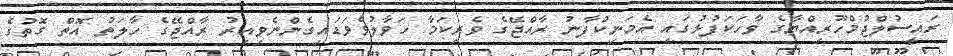
ރައީސުލްޖުމްހޫރިއްޔާގެ ވާހަކަފުޅުގައި އެމަނިކުފާނު ރާއްޖޭގެ ވެރިކަމާ ހަވާލުވެވަޑައިގެންނެވިއިރު ރާއްޖޭގެ ހާލަތު އޮތް ގޮތުގެ